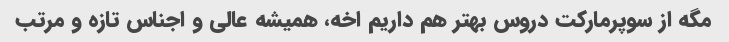
مگه از سوپرمارکت دروس بهتر هم داریم اخه، همیشه عالی و اجناس تازه و مرتب